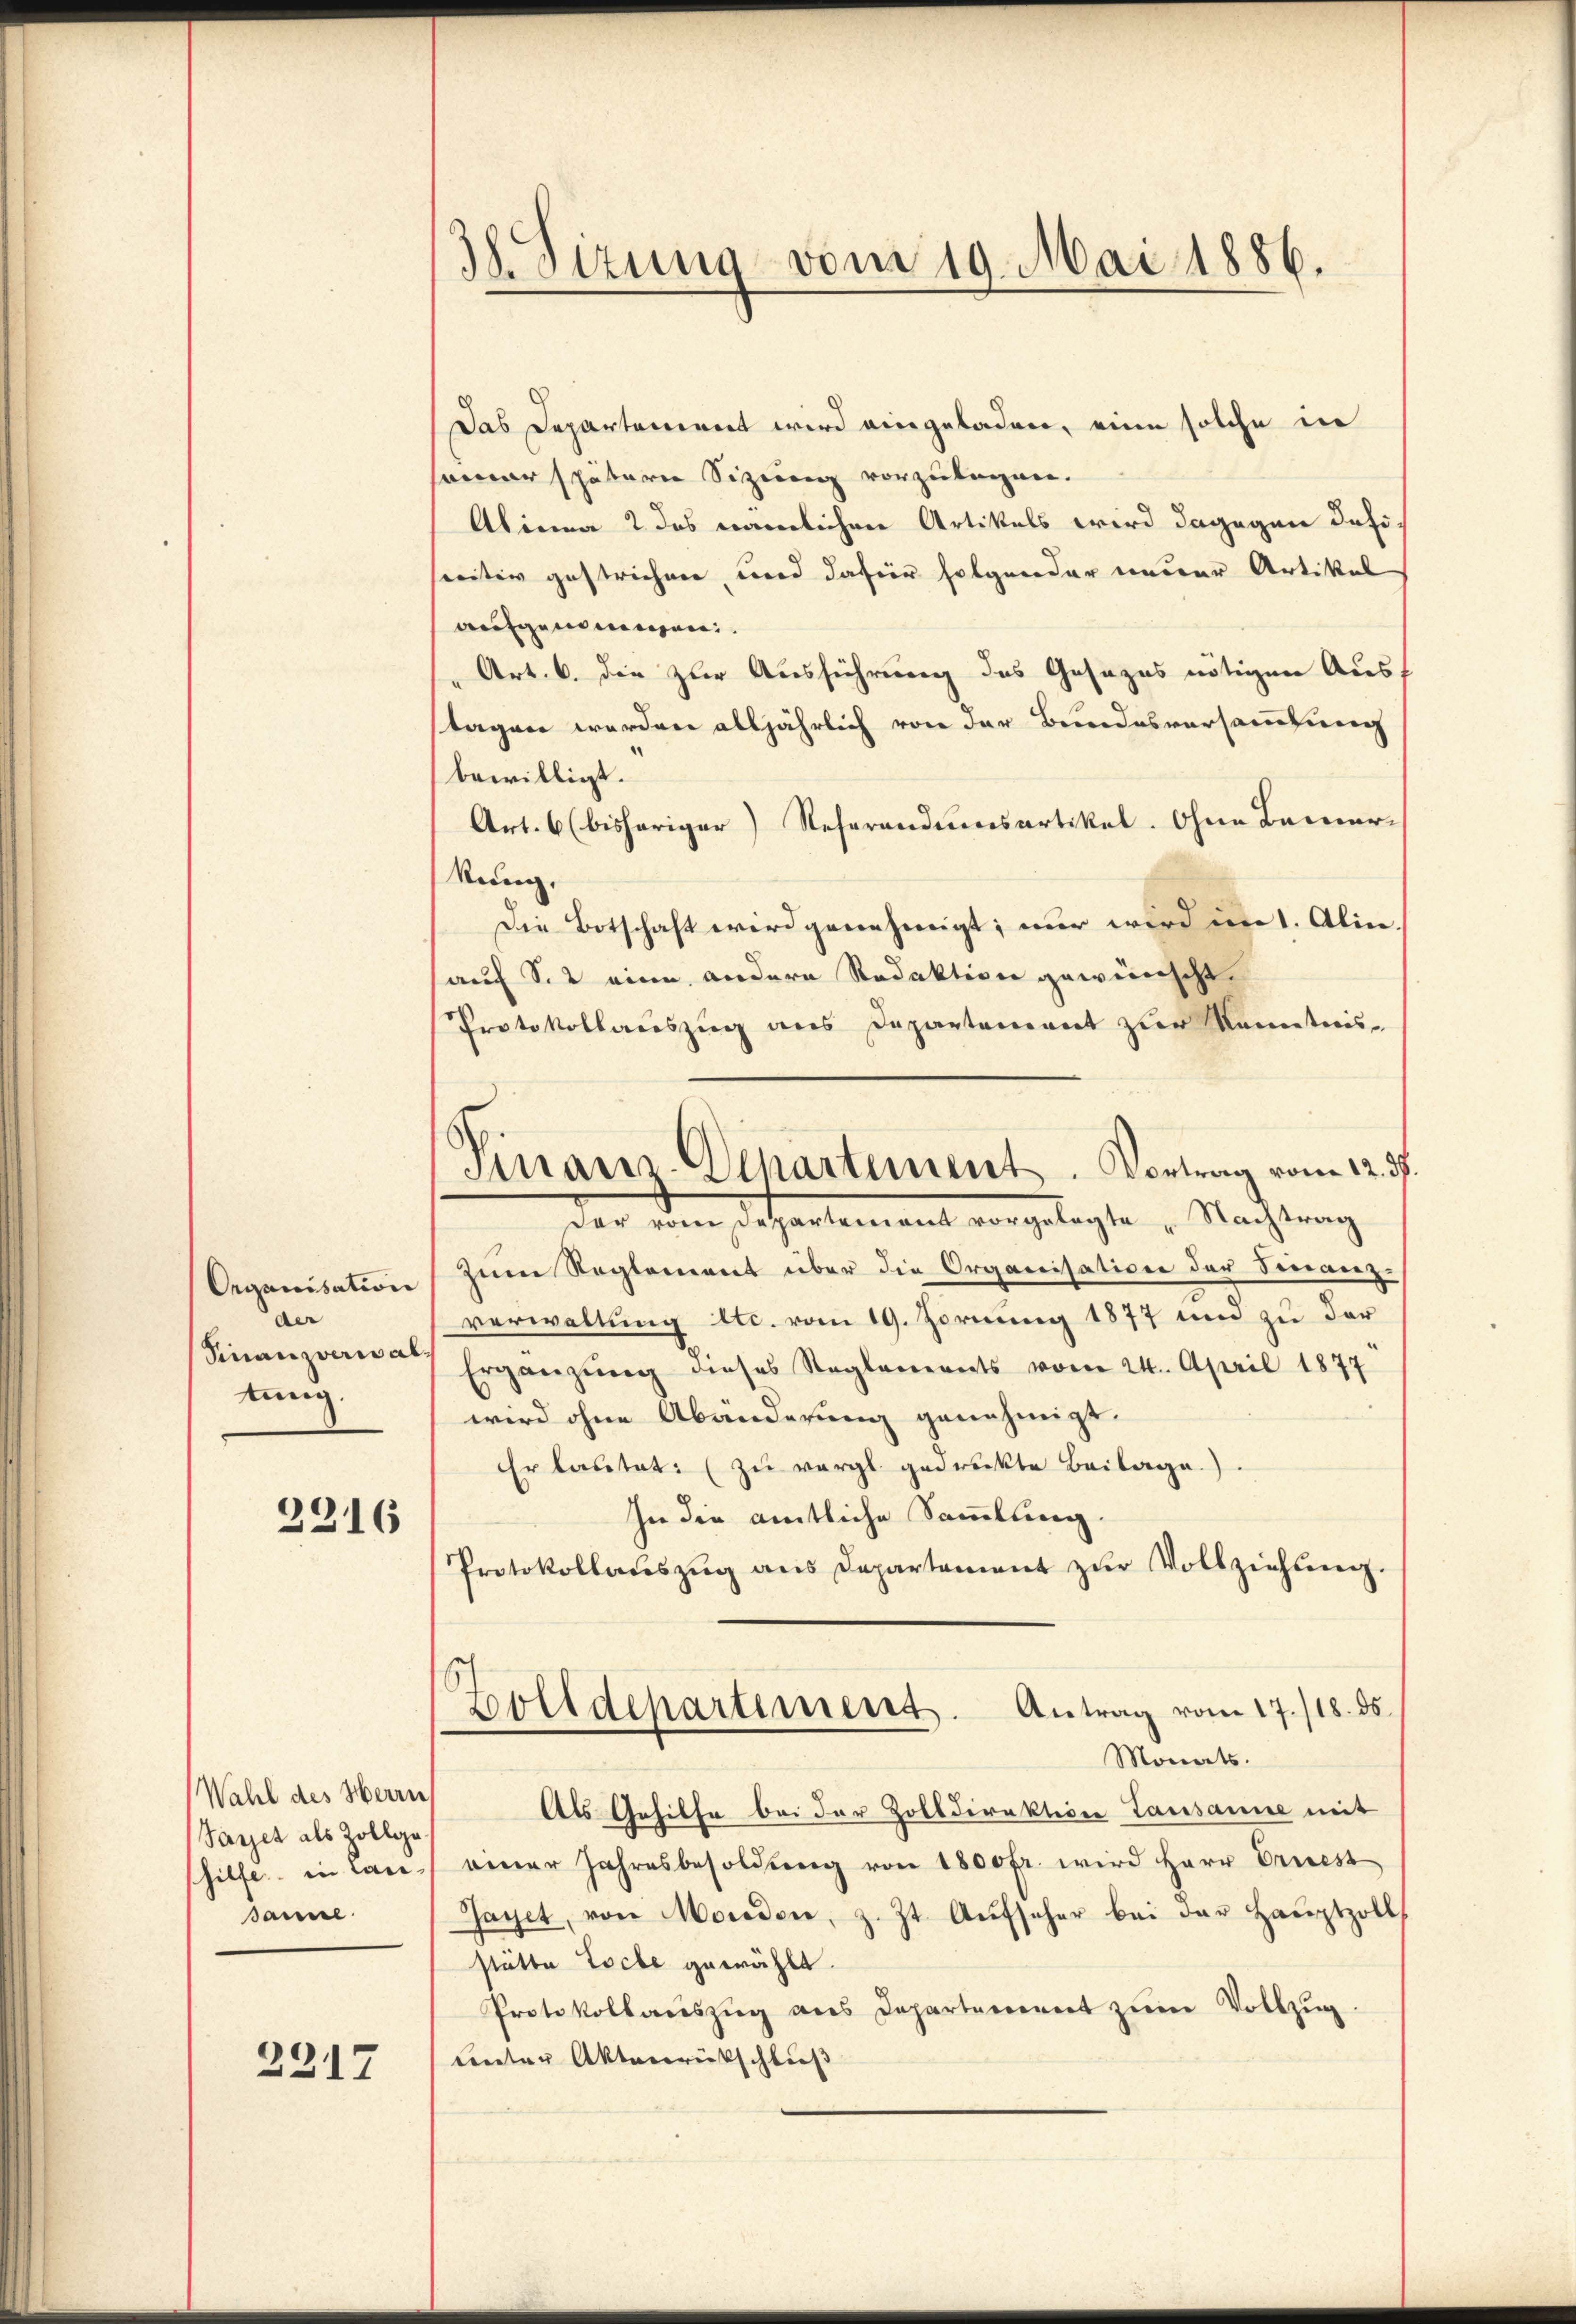
Organisation
der
Finanzverwal
tung.

2216

Wahl des Herrn
Sayet als Zollge
hilfe in Lan-
dame.

2317

38. Sizung vom 19. Mai 1886.

Finanz-Departement. Vortrag vom 12. ds.

Das Departement wird eingeladen, eine solche in
seiner spätern Sizung vorzulagen.
Alinea 2 das nämlichen Artikels wird dagegen defiseritiv gestrichnen, und dafür folgender einerer Artikel
aufgenommen.
Art. 6. die zur Ausführung des Gesezes nötigen Ausf
stagen werden alljährlich von der Bundesversammlung
bewilligt.
Art. 6 (bisheriger Referandumsartikel. Ohne Bemer-
kung,
Die Botschaft wird genehmigt; nur wird im 1. Alin.
auf Sie eine andere Redaktion gewünscht
Protokollauszug aus Departement zur Kenntnis-
der vom Departement vorgelegte „Nachtrag
zum Reglement über die Organisationen der Ferranz-
verwaltung etc. vom 19. Fornung 1877 um zu der
Ergänzŭng dieses Reglements vom 24. April 1877
wird ohne Abänderung genehmigt.
Er lastet. (zu vergl. gedruckte Beilage.)
In die amtliche Sammlung.
Protokollaŭszŭg ans Departement zŭr Vollziehung.
Zolldepartiment. Antrag vom 17./18. ds.
Monats.
Als Gehilfe bei der Zolldirektion Lausanne mit
einer Jahresbesoldŭng von 1800 fr. wird Herr Priest
Jayet, von Morden, z. Zt. Aŭfseher bei der Haŭptzoll
stätte Loche gewählt.
Protokollauszug aus Departement zum Vollzug
unter Aktenrückschluß